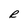
Character: R